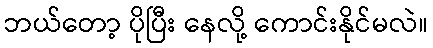
ဘယ်တော့ ပိုပြီး နေလို့ ကောင်းနိုင်မလဲ။